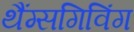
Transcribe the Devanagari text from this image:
थैंग्सगिविंग